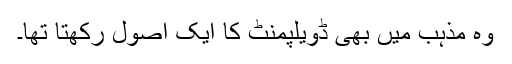
وہ مذہب میں بھی ڈویلپمنٹ کا ایک اصول رکھتا تھا۔